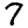
Digit: 7